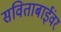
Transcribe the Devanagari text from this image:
सविताबाईंवर